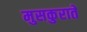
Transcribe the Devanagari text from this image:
मुसकुराते